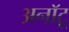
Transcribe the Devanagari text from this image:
अनॉटू